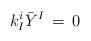
LaTeX: \begin{align*}k^i_I {\bar Y}^I \, = \, 0 \end{align*}